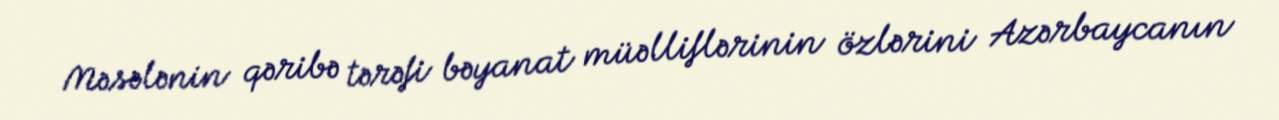
Məsələnin qəribə tərəfi bəyanat müəlliflərinin özlərini Azərbaycanın